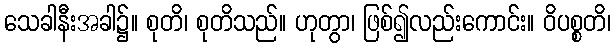
သေခါနီးအခါ၌။ စုတိ၊ စုတိသည်။ ဟုတွာ၊ ဖြစ်၍လည်းကောင်း။ ဝိပစ္စတိ၊